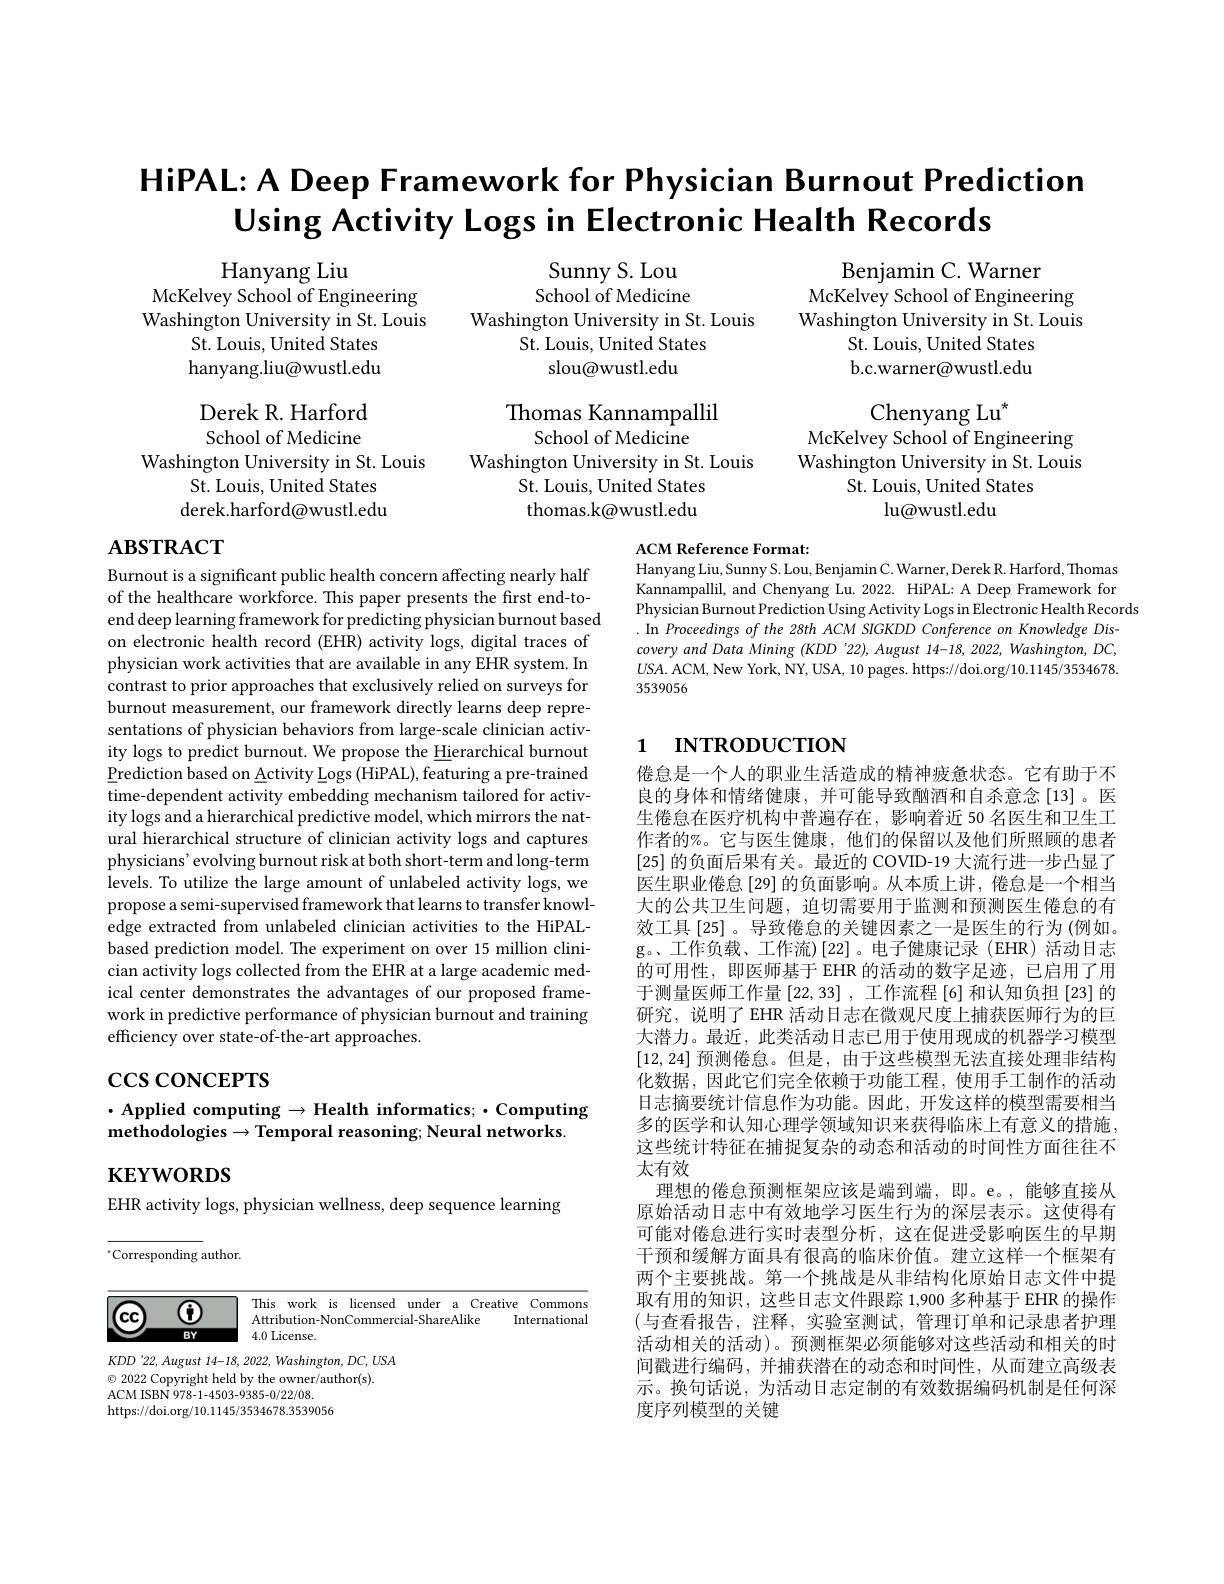
# HiPAL: A Deep Framework for Physician Burnout Prediction Using Activity Logs in Electronic Health Records

Sunny S. Lou School of Medicine
Washington University in St. Louis
St. Louis, United States
slou@wustl.edu

Benjamin C. Warner
McKelvey School of Engineering Washington University in St. Louis
St. Louis, United States b.c.warner@wustl.edu

Hanyang Liu
McKelvey School of Engineering Washington University in St. Louis
St. Louis, United States hanyang.liu@wustl.edu

Chenyang Lu$^*$
McKelvey School of Engineering Washington University in St. Louis
St. Louis, United States
$\operatorname{lu@wustl.edu}$

Thomas Kannampallil
School of Medicine
Washington University in St. Louis
St. Louis, United States thomas.k@wustl.edu

Derek R. Harford School of Medicine
Washington University in St. Louis
St. Louis, United States derek.harford@wustl.edu

# $\mathbf{ABSTRACT}$

ACM Reference Format:

Hanyang Liu, Sunny S. Lou, Benjamin C. Warner, Derek R. Harford, Thomas Kannampallil, and Chenyang Lu. 2022. HiPAL: A Deep Framework for Physician Burnout Prediction Using Activity Logs in Electronic Health Records
. In Proceedings of the 28th ACM SIGKDD Conference on Knowledge Discovery and Data Mining (KDD 22), August 14-18, 2022, Washington, DC, $U$SA. ACM, New York, NY, USA, 10 pages. https://doi.org/10.1145/3534678. 3539056

# 1 INTRODUCTION

Burnout is a significant public health concern affecting nearly half of the healthcare workforce. This paper presents the first end-toend deep learning framework for predicting physician burnout based on electronic health record (EHR) activity logs, digital traces of physician work activities that are available in any EHR system. In contrast to prior approaches that exclusively relied on surveys for burnout measurement, our framework directly learns deep representations of physician behaviors from large-scale clinician activity logs to predict burnout. We propose the Hierarchical burnout $\underline{\text{Prediction based on Activity Logs (HiPAL), featuring a pre-trained}}$ time-dependent activity embedding mechanism tailored for activity logs and a hierarchical predictive model, which mirrors the natural hierarchical structure of clinician activity logs and captures physicians' evolving burnout risk at both short-term and long-term levels. To utilize the large amount of unlabeled activity logs, we propose a semi-supervised framework that learns to transfer knowledge extracted from unlabeled clinician activities to the HiPALbased prediction model. The experiment on over 15 million clinician activity logs collected from the EHR at a large academic medical center demonstrates the advantages of our proposed framework in predictive performance of physician burnout and training efficiency over state-of-the-art approaches.

$\csc\cos$coNCEPTS

倦怠是一个人的职业生活造成的精神疲惫状态。它有助于不良的身体和情绪健康，并可能导致酗酒和自杀意念[13]。医生倦怠在医疗机构中普遍存在，影响着近 50 名医生和卫生工作者的%。它与医生健康，他们的保留以及他们所照顾的患者[25]的负面后果有关。最近的 COVID-19 大流行进一步凸显了医生职业倦怠[29]的负面影响。从本质上讲，倦怠是一个相当大的公共卫生问题，迫切需要用于监测和预测医生倦怠的有效工具[25]。导致倦怠的关键因素之一是医生的行为(例如。g。、工作负载、工作流)[22]。电子健康记录(EHR)活动目志的可用性，即医师基于 EHR 的活动的数字足迹，已启用了用于测量医师工作量$\left[22,33\right]$, 工作流程 [6] 和认知负担 [23] 的研究，说明了 EHR 活动日志在微观尺度上捕获医师行为的巨大潜力。最近，此类活动日志已用于使用现成的机器学习模型[12,24]预测倦怠。但是，由于这些模型无法直接处理非结构化数据，因此它们完全依赖于功能工程，使用手工制作的活动日志摘要统计信息作为功能。因此，开发这样的模型需要相当多的医学和认知心理学领域知识来获得临床上有意义的措施这些统计特征在捕捉复杂的动态和活动的时间性方面往往不太有效
理想的倦怠预测框架应该是端到端，即。e。,能够直接从原始活动日志中有效地学习医生行为的深层表示。这使得有可能对倦怠进行实时表型分析，这在促进受影响医生的早期干预和缓解方面具有很高的临床价值。建立这样一个框架有两个主要挑战。第一个挑战是从非结构化原始日志文件中提取有用的知识，这些日志文件跟踪 1,900 多种基于 EHR 的操作(与查看报告，注释，实验室测试，管理订单和记录患者护理活动相关的活动)。预测框架必须能够对这些活动和相关的时间戳进行编码，并捕获潜在的动态和时间性，从而建立高级表示。换句话说，为活动日志定制的有效数据编码机制是任何深度序列模型的关键

# $\cdot$Applied computing$\to$Health informatics;$\cdot$Computing ${\mathrm{methodologies}\to\text{Temporal reasoning; Neural networks}}$

$\mathbf{KEYWORDS}$

EHR activity logs, physician wellness, deep sequence learning

$^{*}$Corresponding author.

This work is licensed under a Creative Commons
$\textcircled{1}$
$\textcircled{\mathrm{cc}}$
Attribution-NonCommercial-ShareAlike
Internationa Pors por silis
$BY$
4.0 License.
$KDD'22,August~14-18,~2022,~Washington,~DC,~USA$
$\textcircled{\circ}$ 2022 Copyright held by the owner/author(s).
ACM ISBN 978- 1- 4503- 9385- 0/ 22/ 08
https://doi.org/10.1145/3534678.3539056